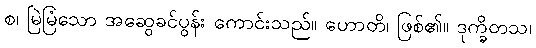
စ၊ မြဲမြံသော အဆွေခင်ပွန်း ကောင်းသည်။ ဟောတိ၊ ဖြစ်၏။ ဒုက္ခိတသ၊